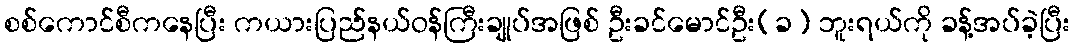
စစ်ကောင်စီကနေပြီး ကယားပြည်နယ်ဝန်ကြီးချုပ်အဖြစ် ဦးခင်မောင်ဦး(ခ) ဘူးရယ်ကို ခန့်အပ်ခဲ့ပြီး